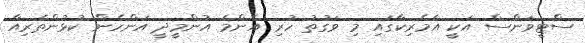
ސްޓީވަންސް އަކީ އެމެރިކާގައި މި ވަގުތު ހުރި އެންމެ އުންމީދީ އަންހެން ކުޅުންތެރިއާ